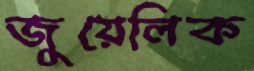
জুয়েলিক